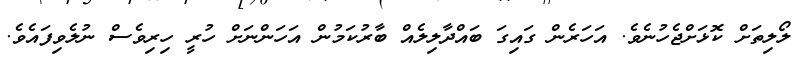
ލޯލިތަށް ކޮޅަށްޖެހުނެވެ. އަހަރެން ގައިގަ ބައްދާލިލެއް ބާރުކަމުން އަހަންނަށް ހުރީ ހިރިވެސް ނުލެވިފައެވެ.